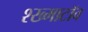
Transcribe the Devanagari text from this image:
श्ख्माटॉव